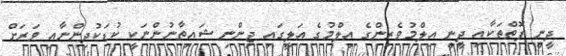
ދީނީ ފޮތްތަކާއި ދީނީ އިލްމުވެރިންގެ އިލްމުގެ އަލީގައި ޖިންނި ޝައިތާނުންނަކީ ކުޑަކުދިންނާއި ވަރަށް